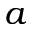
a